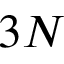
3 N